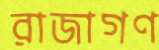
রাজাগণ